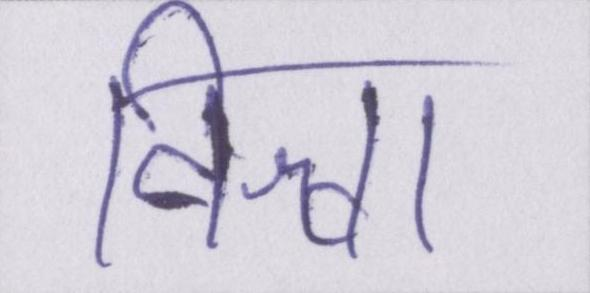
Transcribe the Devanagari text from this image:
विश्वा